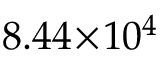
8 . 4 4 \! \times \! 1 0 ^ { 4 }